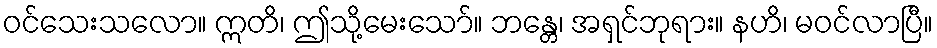
ဝင်သေးသလော။ ဣတိ၊ ဤသို့မေးသော်။ ဘန္တေ၊ အရှင်ဘုရား။ နဟိ၊ မဝင်လာပြီ။